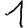
Digit: 1